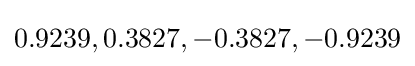
{0.9239,0.3827,-0.3827,-0.9239}